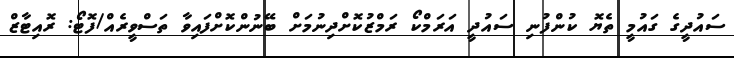
ސައުދީގެ ގައުމީ ތެޔޮ ކުންފުނި ސައުދީ އަރަމްކޯ ރަމްޒުކޮށްދިނުމަށް ބޭނުންކޮށްފައިވާ ތަސްވީރެއް/ފޮޓޯ: ރޮއިޓާޒް